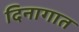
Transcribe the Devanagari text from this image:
दिनागात